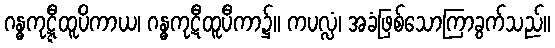
ဂန္ဓကုဋ္ဋီထူပိကာယ၊ ဂန္ဓကုဋီထူပီကာ၌။ ကပလ္လံ၊ အခံဖြစ်သောကြာခွက်သည်။